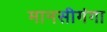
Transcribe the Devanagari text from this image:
मानसीगंगा